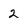
Character: 2